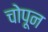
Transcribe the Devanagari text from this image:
चोपून